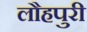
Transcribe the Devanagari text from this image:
लौहपुरी